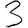
Digit: 3